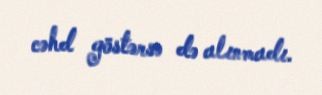
cəhd göstərsə də alınmadı.